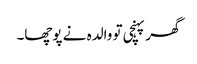
گھر پہنچی تو والدہ نے پوچھا۔